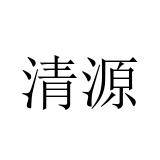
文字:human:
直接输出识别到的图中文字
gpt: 清源